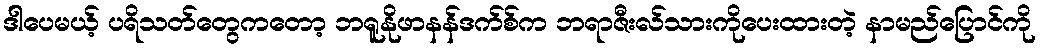
ဒါပေမယ့် ပရိသတ်တွေကတော့ ဘရူနိုဖာနန်ဒက်စ်က ဘရာဇီးလ်သားကိုပေးထားတဲ့ နာမည်ပြောင်ကို